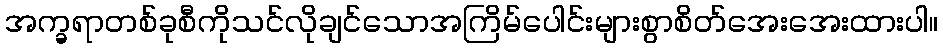
အက္ခရာတစ်ခုစီကိုသင်လိုချင်သောအကြိမ်ပေါင်းများစွာစိတ်အေးအေးထားပါ။